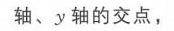
轴、\(y\) 轴的交点，